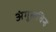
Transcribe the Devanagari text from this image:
अंगुलचिन्ह